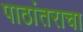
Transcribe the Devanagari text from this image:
पाठांतराचा